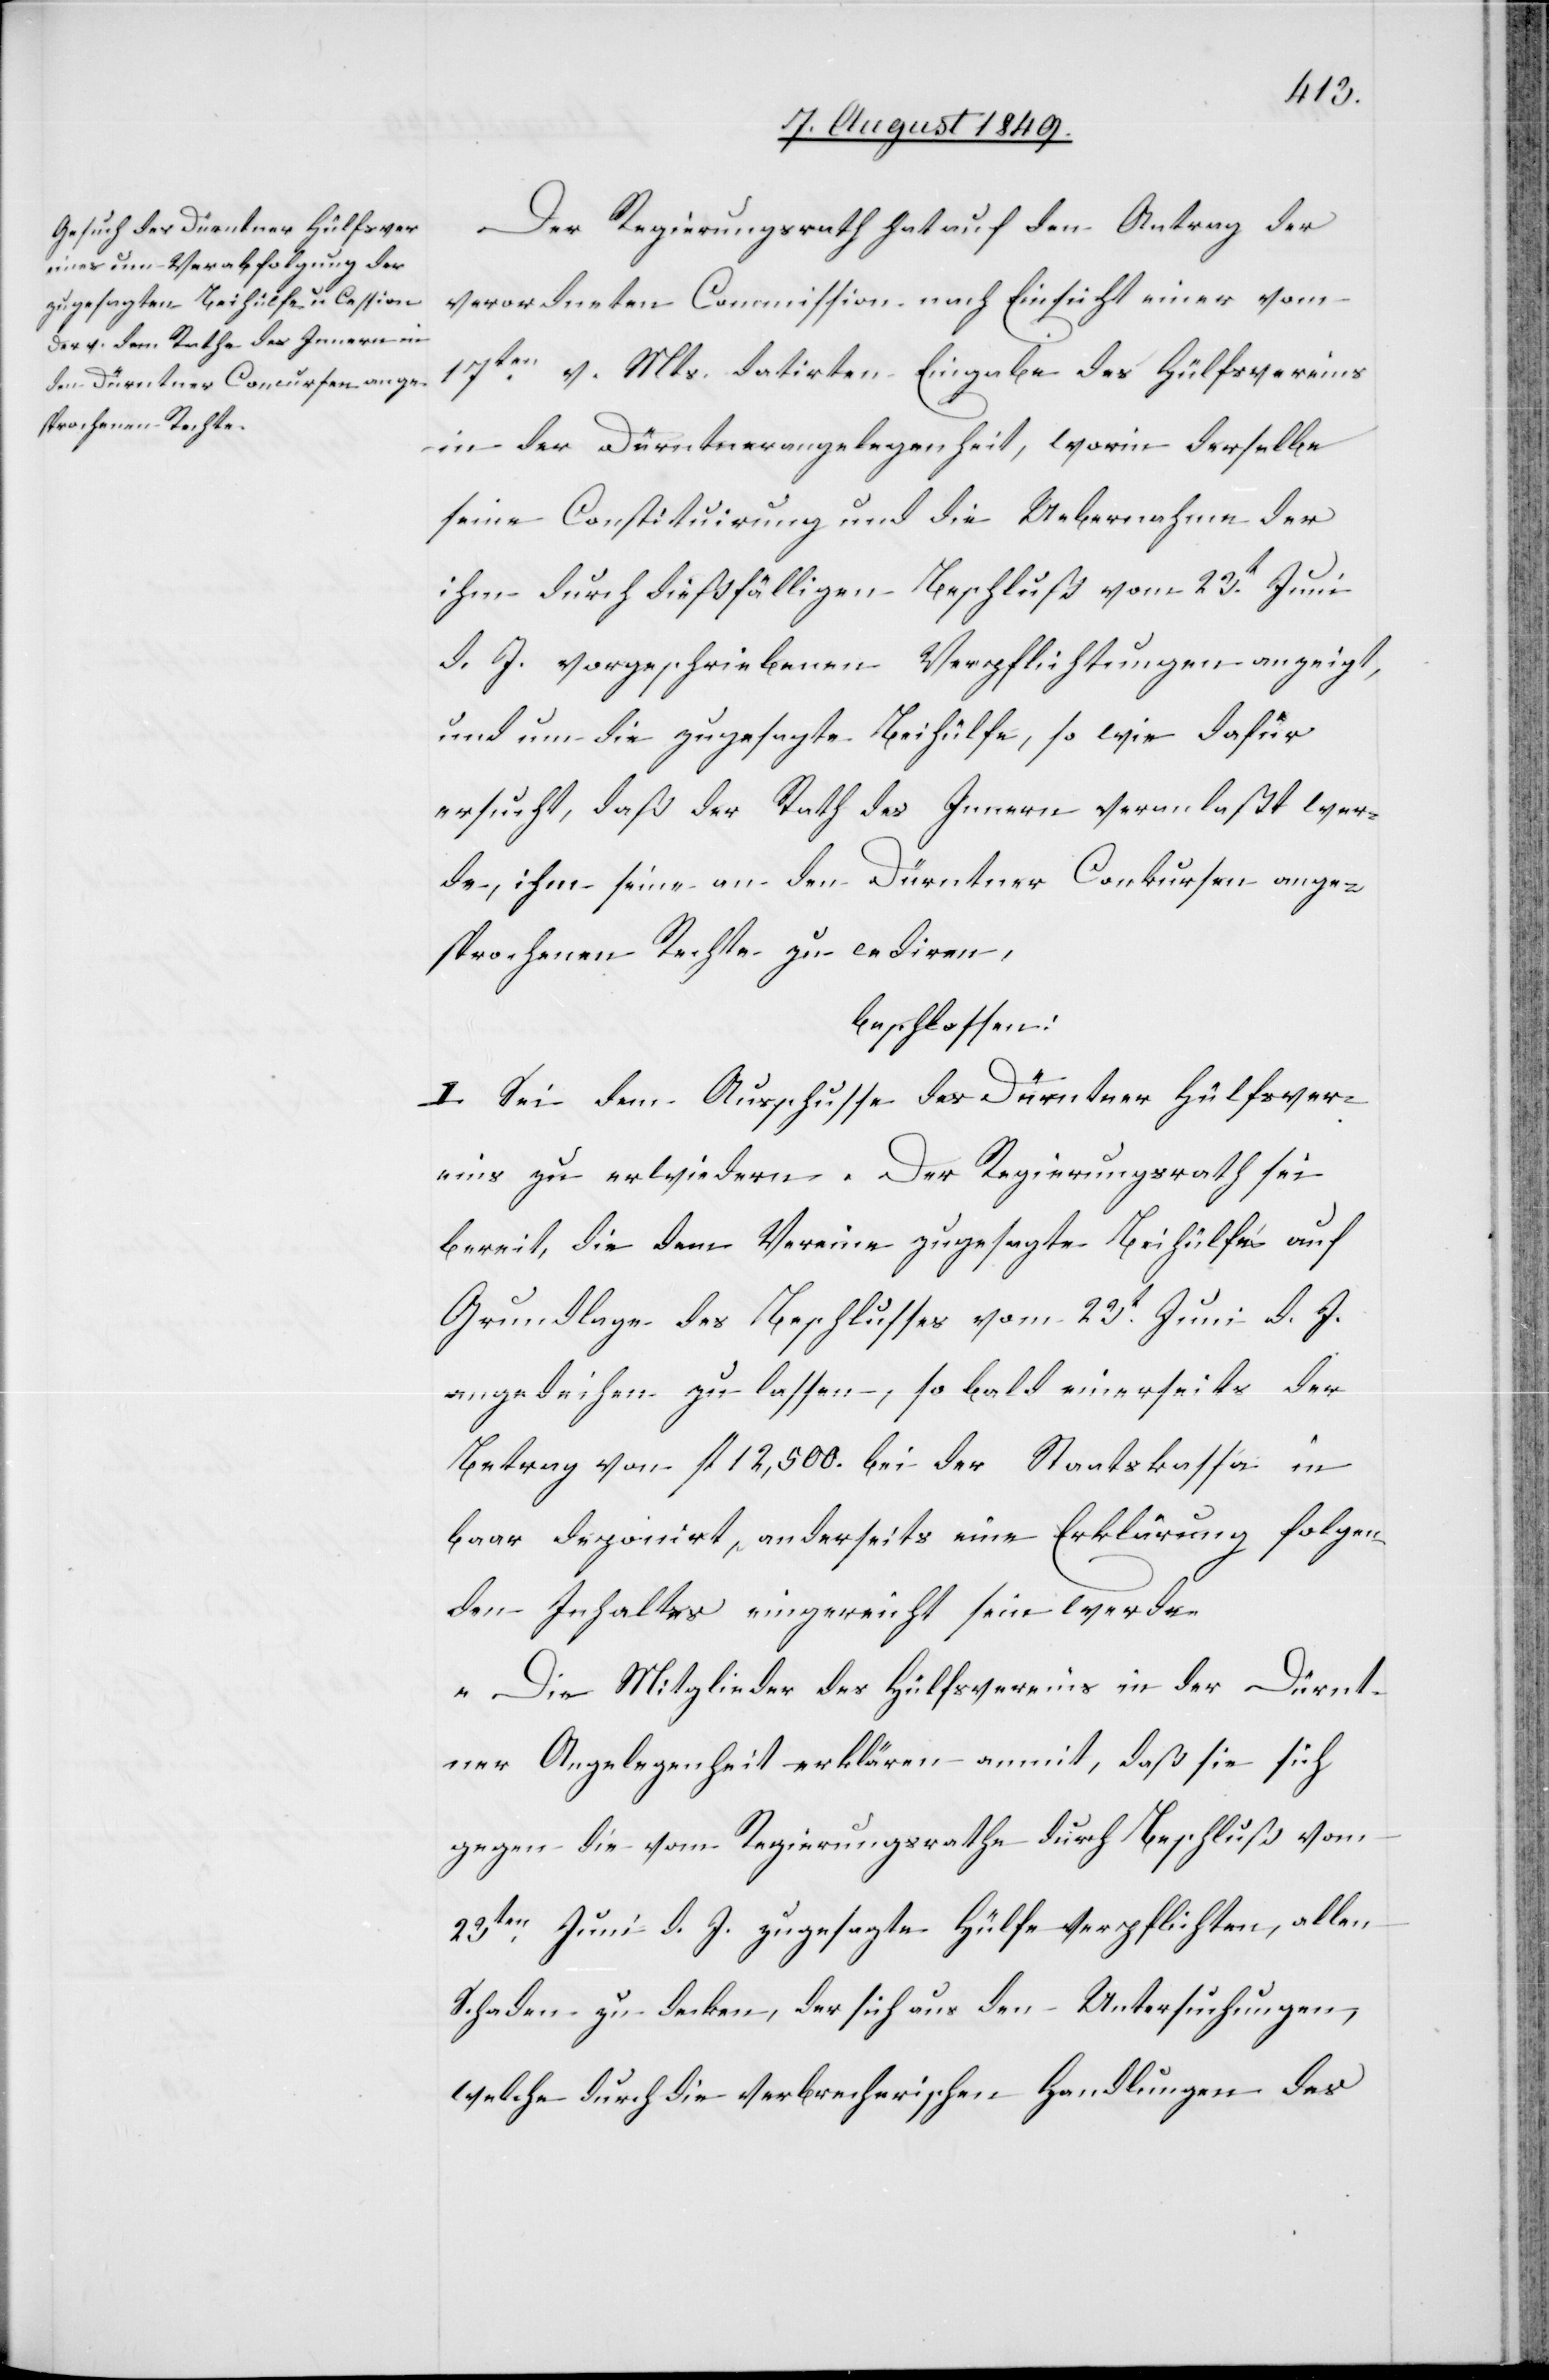
Der Regierungsrath hat auf den Antrag der
verordneten Commission nach Einsicht einer vom
17ten v. Mts. datirten Eingabe des Hülfsvereins
in der Dürntnerangelegenheit, worin derselbe
seine Constituirung und die Uebernahme der
ihm durch dießfälligen Beschluß vom 23t Juni
d. J. vorgeschriebenen Verpflichtungen anzeigt,
und um die zugesagte Beihülfe, so wie dafür
ersucht, daß der Rath des Innern veranlaßt wer¬
de, ihm seine an den Dürntner Conkursen ange¬
sprochenen Rechte zu cediren,
beschlossen:
I. Sei dem Ausschusse des Dürntner Hülfsver¬
eins zu erwiedern. Der Regierungsrath sei
bereit, die dem Vereine zugesagte Beihülfe auf
Grundlage des Beschlusses vom 23t Juni d. J.
angedeihen zu lassen, so bald einerseits der
Betrag von fl 12,500. bei der Staatskassa in
baar deponirt, anderseits eine Erklärung folgen¬
den Inhaltes eingereicht sein werde.
„Die Mitglieder des Hülfsvereins in der Dürnt¬
ner Angelegenheit erklären anmit, daß sie sich
gegen die vom Regierungsrathe durch Beschluß vom
23ten Juni d. J. zugesetzte Hülfe verpflichten, allen
Schaden zu decken, der sich aus den Untersuchungen,
welche durch die verbrecherischen Handlungen des